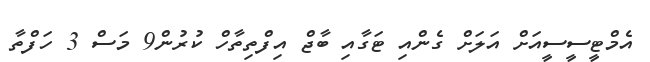
އެމްޓީސީސީއަށް އަލަށް ގެންއި ޓަގާއި ބާޖް އިފްތިތާހް ކުރުން9 މަސް 3 ހަފްތާ